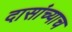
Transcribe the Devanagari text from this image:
दासांच्याच